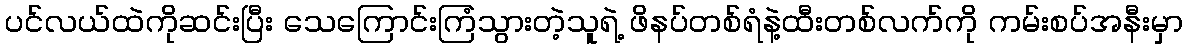
ပင်လယ်ထဲကိုဆင်းပြီး သေကြောင်းကြံသွားတဲ့သူရဲ့ ဖိနပ်တစ်ရံနဲ့ထီးတစ်လက်ကို ကမ်းစပ်အနီးမှာ